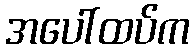
အပေါ်ထပ်က